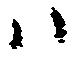
ハ